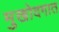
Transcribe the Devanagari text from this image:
मुखोदगात